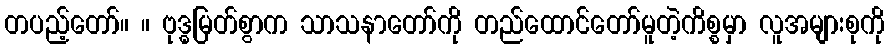
တပည့်တော်။ ။ ဗုဒ္ဓမြတ်စွာက သာသနာတော်ကို တည်ထောင်တော်မူတဲ့ကိစ္စမှာ လူအများစုကို